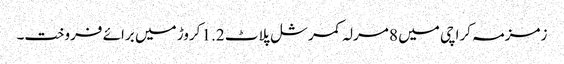
زمزمہ کراچی میں 8 مرلہ کمرشل پلاٹ 1.2 کروڑ میں برائے فروخت۔